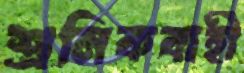
শ্রমিকবাহী